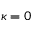
\kappa = 0